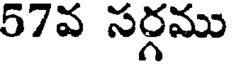
57వ సర్గము